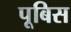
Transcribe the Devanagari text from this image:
पूबिस